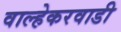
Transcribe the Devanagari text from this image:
वाल्हेकरवाडी